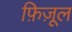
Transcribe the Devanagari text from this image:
फ़िज़ूल